Annual administration report of the Civil Veterinary Department of India - 1894-1895
Year: 1894
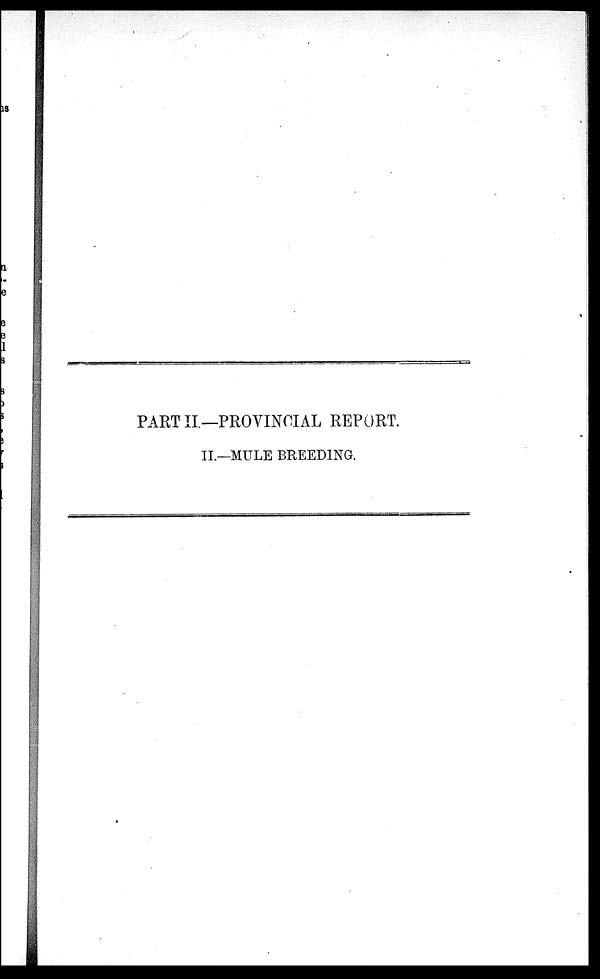
PART II—PROVINCIAL REPORT.
II.—MULE BREEDING.